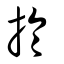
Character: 扵